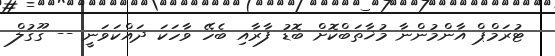
ޓުރަމްޕް އާންމުންނާ މުޚާތަބްކޮށް ބޮޑު ފާރާއި ބެހޭ ވާހަކަ ދައްކަަވަނީ -- ގޫގުލް